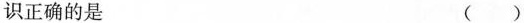
识正确的是 ( )